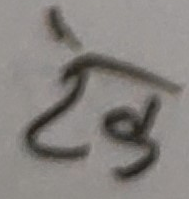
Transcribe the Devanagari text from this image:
टेकु